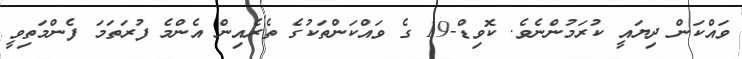
ވައްކަން ދިޔައީ ކުރަމުންނެވެ. ކޮވިޑް-19 ގެ ވައްކަންތަކުގެ ތެރެއިން އެންމެ ފުރަތަމަ ފެންމަތިވީ